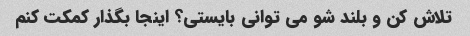
تلاش کن و بلند شو می توانی بایستی؟ اینجا بگذار کمکت کنم